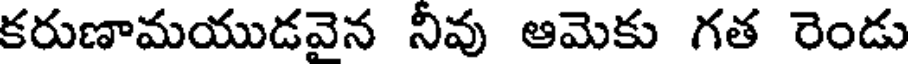
కరుణామయుడవైన నీవు ఆమెకు గత రెండు